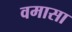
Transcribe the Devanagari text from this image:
वमासा